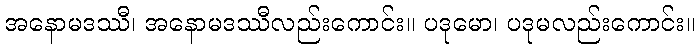
အနောမဒဿီ၊ အနောမဒဿီလည်းကောင်း။ ပဒုမော၊ ပဒုမလည်းကောင်း။